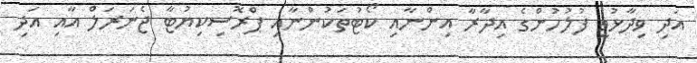
އަދި ވިދާޅުވީ ފުލުހުންގެ އިދާރާ އިންނާއި ކޯޓުތަކުންނާއި ޕްރޮސިކިޔުޓާ ޖެނަރަލް އާއި އަދި